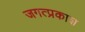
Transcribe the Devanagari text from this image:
जगत्प्रकाश